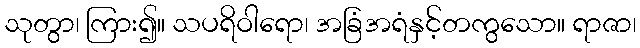
သုတွာ၊ ကြား၍။ သပရိဝါရော၊ အခြံအရံနှင့်တကွသော။ ရာဇာ၊